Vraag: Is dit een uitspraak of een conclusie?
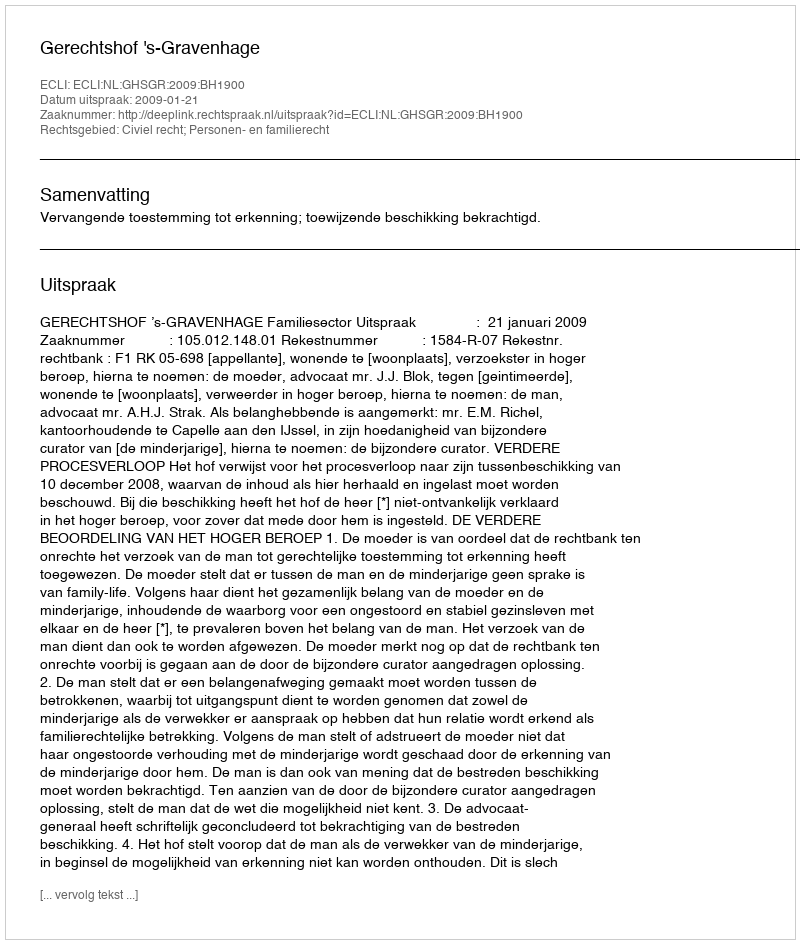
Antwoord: Uitspraak